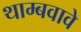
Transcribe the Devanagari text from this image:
थाम्बवावे